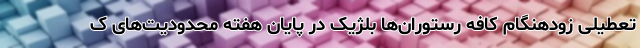
تعطیلی زودهنگام کافه رستوران‌ها بلژیک در پایان هفته محدودیت‌های ک